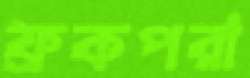
ফ্রকপরা